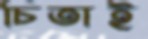
চিতাই